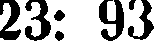
23: 93